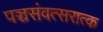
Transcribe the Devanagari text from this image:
पञ्चसंवत्सरात्क